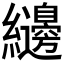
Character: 𮉝